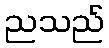
ညသည်